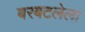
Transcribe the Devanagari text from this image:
बरबटलेला